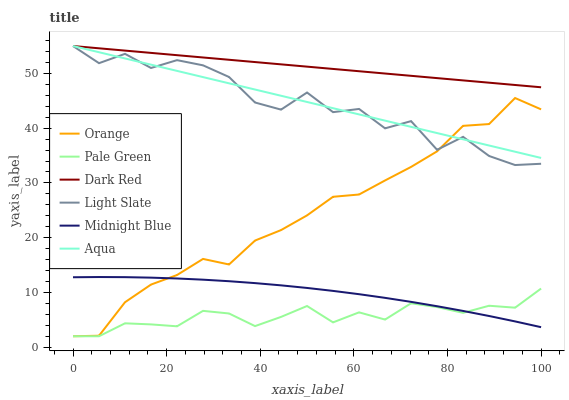
| xaxis_label | Orange | Pale Green | Dark Red | Light Slate | Midnight Blue | Aqua |
 | --- | --- | --- | --- | --- | --- | --- |
 | 0 | 2 | 2 | 55 | 55 | 12.8 | 55 |
 | 5.56 | 2.09 | 2 | 54.6 | 51.9 | 12.8 | 53.9 |
 | 11.1 | 8.21 | 4.36 | 54.2 | 53.6 | 12.8 | 52.7 |
 | 16.7 | 11.4 | 4.16 | 53.7 | 51 | 12.7 | 51.6 |
 | 22.2 | 13.2 | 3.82 | 53.3 | 52.4 | 12.5 | 50.5 |
 | 27.8 | 16.1 | 6.64 | 52.9 | 51.5 | 12.3 | 49.3 |
 | 33.3 | 15.1 | 6.16 | 52.5 | 49.3 | 12.1 | 48.2 |
 | 38.9 | 19.5 | 3.85 | 52.1 | 44.7 | 11.7 | 47.1 |
 | 44.4 | 21.4 | 5.53 | 51.7 | 43.4 | 11.3 | 45.9 |
 | 50 | 24.1 | 7.52 | 51.2 | 46.5 | 10.8 | 44.8 |
 | 55.6 | 27.5 | 4.53 | 50.8 | 42.9 | 10.3 | 43.6 |
 | 61.1 | 27.9 | 6.36 | 50.4 | 43.5 | 9.68 | 42.5 |
 | 66.7 | 30.5 | 5.05 | 50 | 40 | 9.01 | 41.4 |
 | 72.2 | 32.9 | 8.02 | 49.6 | 41.3 | 8.28 | 40.2 |
 | 77.8 | 35.8 | 7.33 | 49.1 | 36 | 7.48 | 39.1 |
 | 83.3 | 40.4 | 6.28 | 48.7 | 38.4 | 6.62 | 38 |
 | 88.9 | 40.7 | 7.57 | 48.3 | 34.9 | 5.7 | 36.8 |
 | 94.4 | 45.5 | 7.22 | 47.9 | 33.3 | 4.71 | 35.7 |
 | 100 | 43.4 | 10.7 | 47.5 | 33.5 | 3.66 | 34.6 |